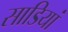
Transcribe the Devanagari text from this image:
साडियां